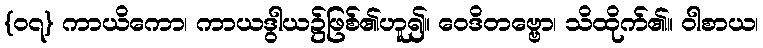
{၀၇} ကာယိကော၊ ကာယဒွါယ၌ဖြစ်၏ဟူ၍။ ဝေဒိတဗ္ဗော၊ သိထိုက်၏။ ဝါစာယ၊